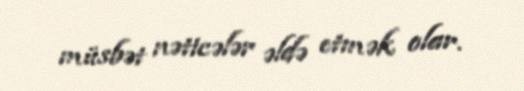
müsbət nəticələr əldə etmək olar.